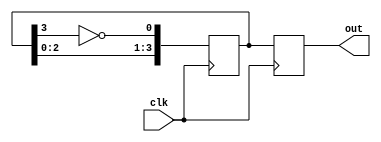
module johnson_counter (
    input clk,
    output reg [3:0] out
);

reg [3:0] state;

always @(posedge clk) begin
    state <= {state[2:0], ~state[3]};
    out <= state;
end

endmodule